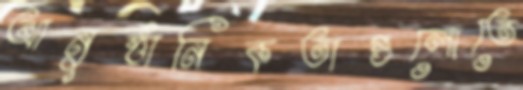
আনুষ্ঠানিকতাগুলোতে